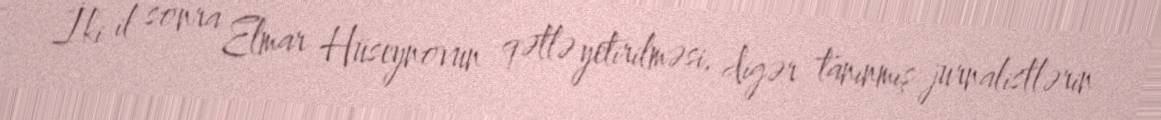
İki il sonra Elmar Hüseynovun qətlə yetirilməsi, digər tanınmış jurnalistlərin